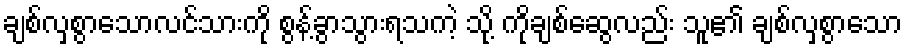
ချစ်လှစွာသောလင်သားကို စွန့်ခွာသွားရသကဲ့ သို့ ကိုချစ်ဆွေလည်း သူ၏ ချစ်လှစွာသော